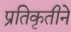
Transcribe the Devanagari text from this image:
प्रतिकृतीने